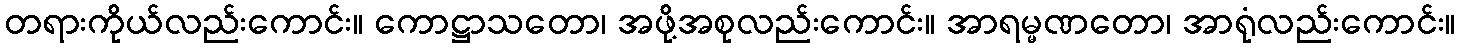
တရားကိုယ်လည်းကောင်း။ ကောဋ္ဌာသတော၊ အဖို့အစုလည်းကောင်း။ အာရမ္မဏတော၊ အာရုံလည်းကောင်း။